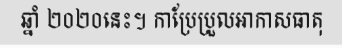
ឆ្នាំ ២០២០នេះ។ កាប្រែប្រួលអាកាសធាតុ